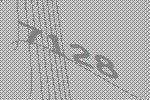
7128